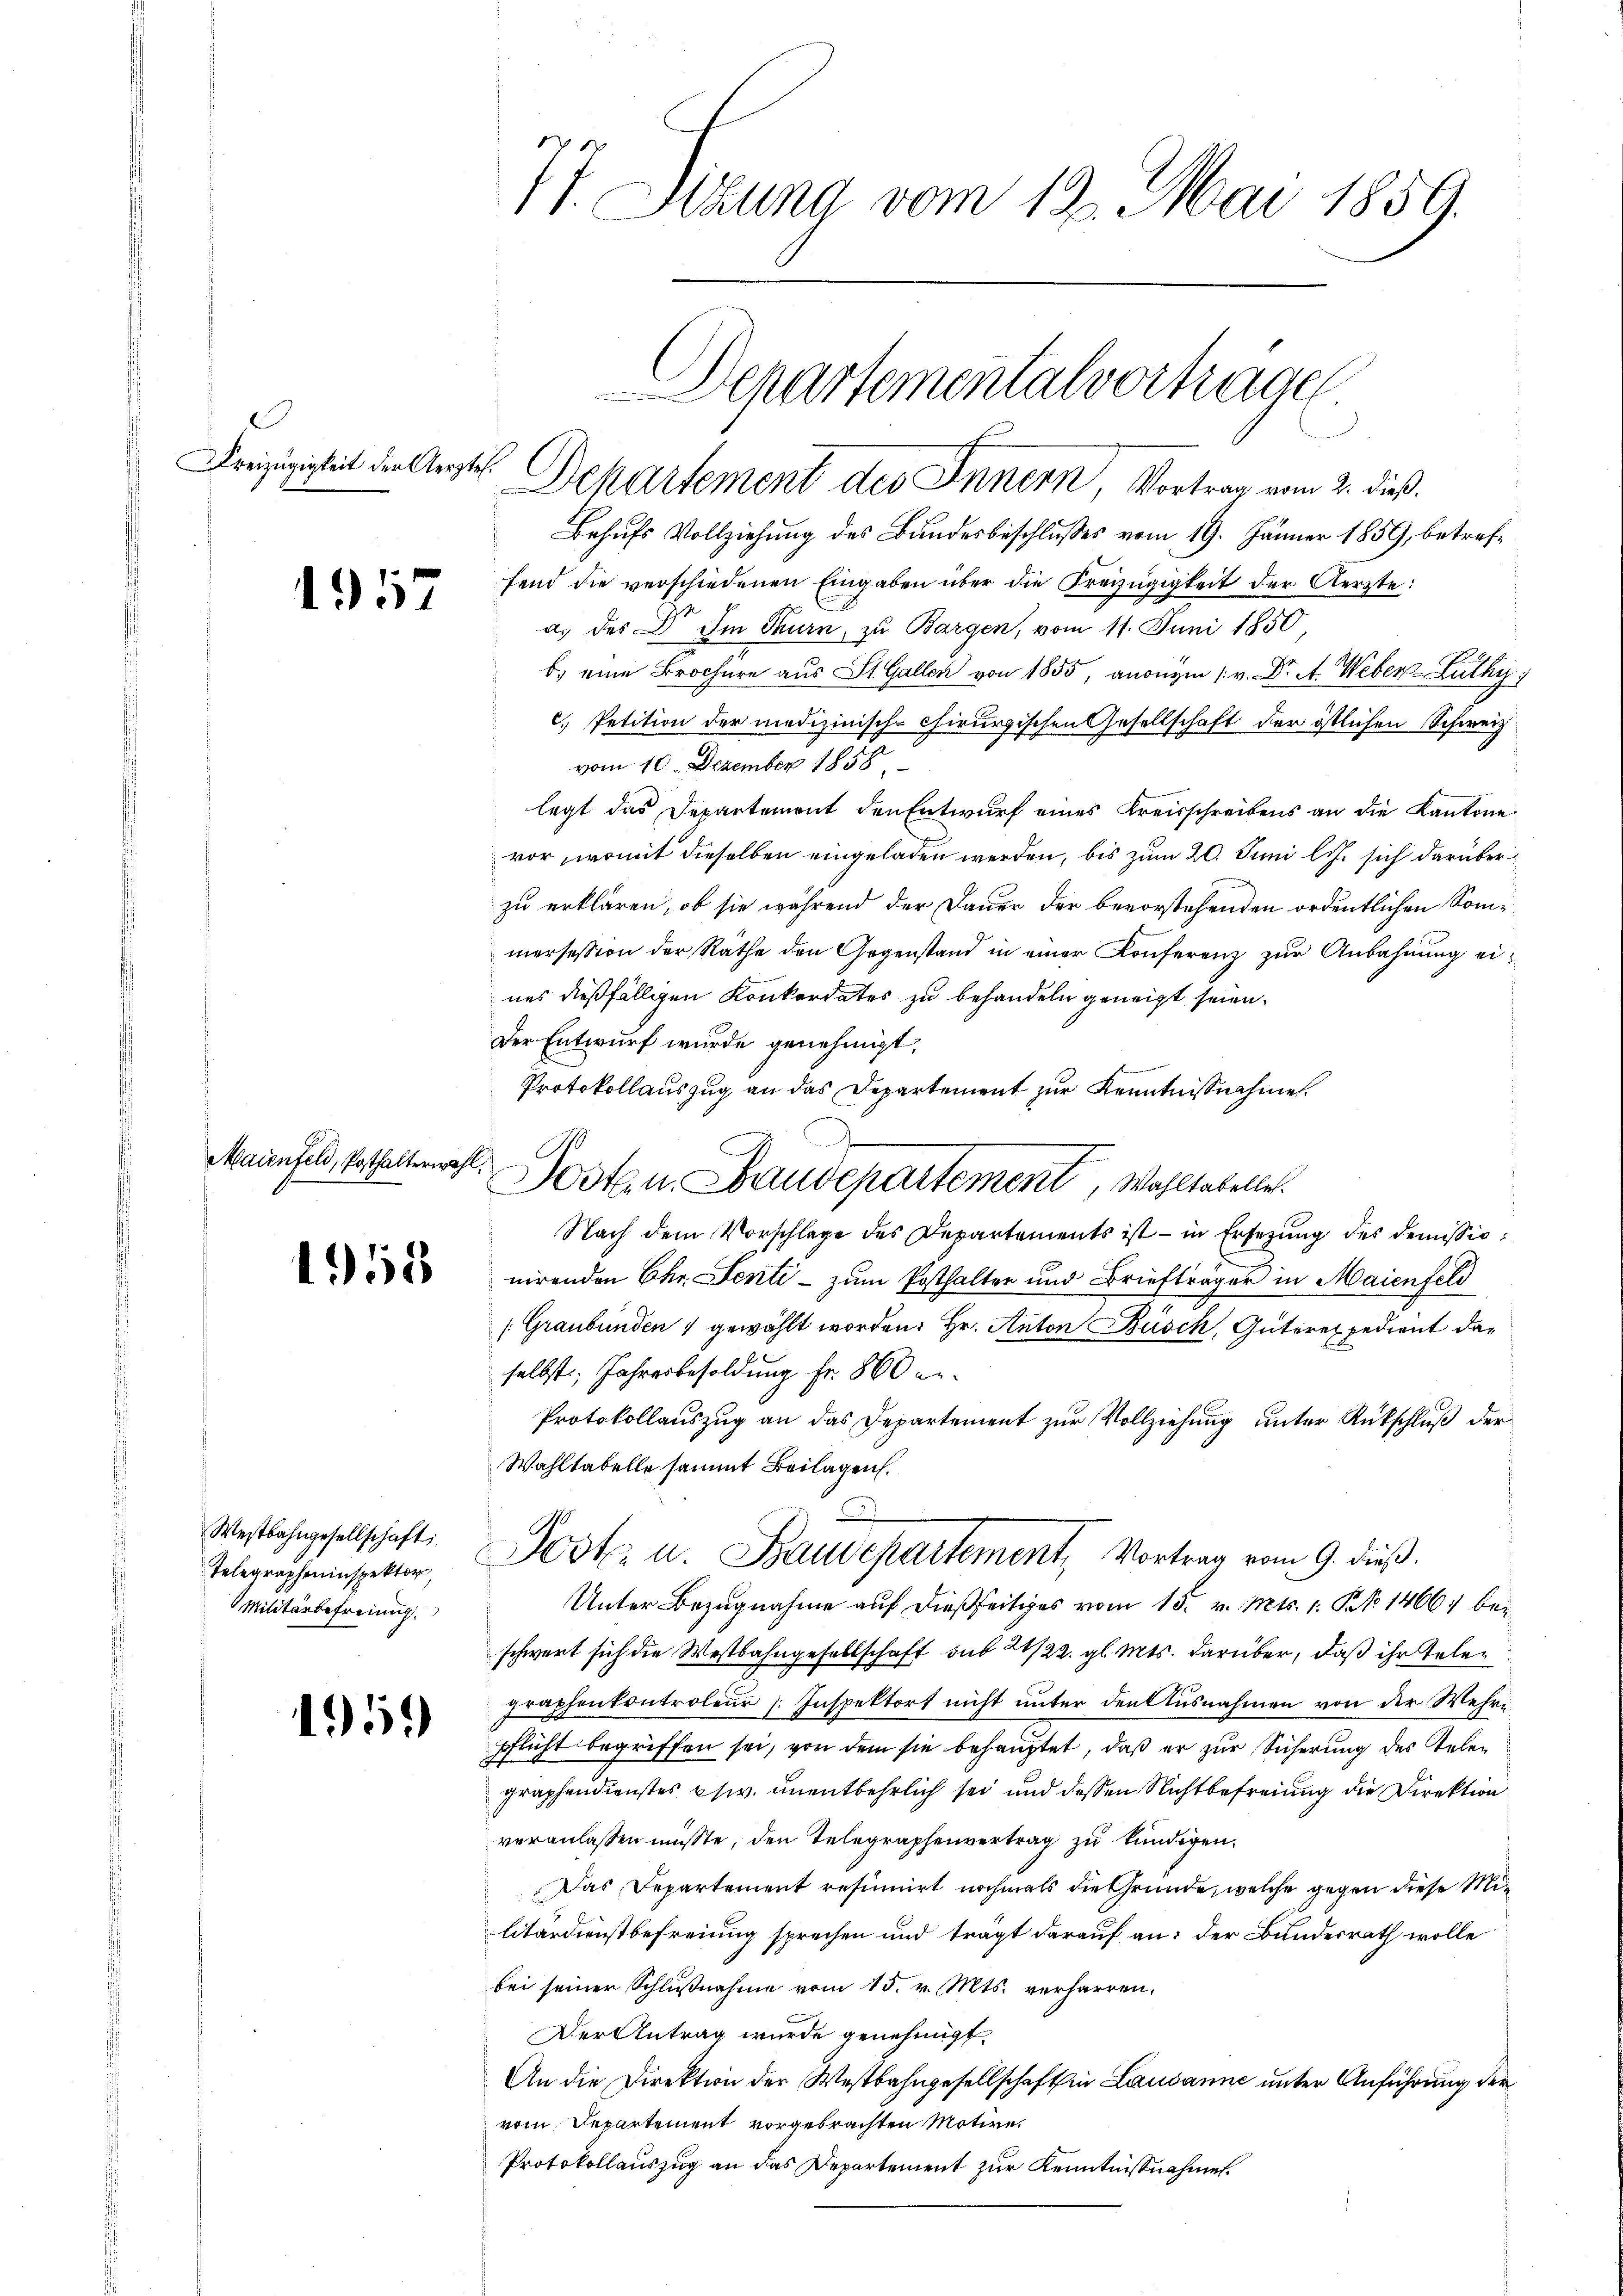
reizügigkeit der Aerztes.

1957

Maienfeld, Posthalterwahl.

158

Westbahngesellschaft;
Telegrapheninspektor,
Militärbefreiung

495.

17. Stuung vom 12. Mai 1859.

Behufs Vollziehung des Bundesbeschlusses vom 19. Jänner 1859, betreffend die verschiedenen Eingaben über die Freizügigkeit der Aerzte:
a. des Dr. Im Thurn, zu Bargen, vom 11. Juni 1850
b. eine Brochüre aus St. Gallen von 1855, anonym (v. Dr A. Weber-Luthy
c) Petition der medizinisch-chirurgischen Gesellschaft der östlichen Schweiz
vom 10. Dezember 1858
legt das Departement den Entwurf eines Kreisschreibens an die Kantone
vor, womit dieselben eingeladen werden, bis zum 20. Juni l.J. sich darüber
zu erklären, ob sie während der Dauer der bevorstehenden ordentlichen Sommemersession der Rathe den Gegenstand in einer Konferenz zur Anbahnung eines dießfälligen Konkordates zu behandeln geneigt seien.
Der Entwurf wurde genehmigt,
Protokollauszug an das Departement zur Kenntnißnahme.
Posten Baudepartement, Wahltabelle.
Nach dem Vorschlage des Departements ist – in Ersezung des Demissionirenden Chr. Senti- zum Posthalter und Briefträger in Maienfeld
(Graubünden 1 gewählt worden. Hr. Anton Büsch, Güterexpedient daselbst, Jahresbesoldung fr. 860 er¬
Protokollauszug an das Departement zur Vollziehung unter Rückschluß der
Wahltabelle sammt Beilagen.
Post- u. Baudepartement, Vortrag vom 9. dieß.
Unter Bezugnahme auf dießseitiges vom 15. v. Mts. 1. No 1466, beschwert sich die Westbahngesellschaft sub 21/22. gl. Mts. darüber, daß ihr telegraphenkontroleur Inspektort nicht unter den Ausnahmen von der Mehri
pflicht begriffen sei, von dem sie behauptet, daß er zur Sicherung des Telegraphendienstes esiv. unentbehrlich sei und dessen Nichtbefreiung die Direktion
veranlassen müsste, den Telegraphenvertrag zu kündigen.
Das Departement resinirt nochmals die Gründe, welche gegen diese Militärdienstbefreiung sprechen und trägt darauf an: der Bundesrath wolle
bei seiner Schlußnahme vom 15. v. Mts. verharren.
Der Antrag wurde genehmigt.
An die Direktion der Westbahngesellschaft in Lausanne unter Anführung der
vom Departement vorgebrachten Motive.
Protokollauszug an das Departement zur Kenntnißnahmen.

Departementalvertragen
Departement des Innern, Vortrag vom 2. dieß.